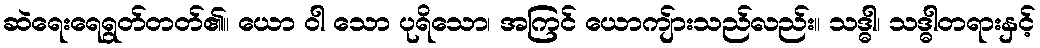
ဆဲရေးရေရွတ်တတ်၏။ ယော ဝါ သော ပုရိသော၊ အကြင် ယောကျ်ားသည်လည်း။ သဒ္ဓါ၊ သဒ္ဓါတရားနှင့်